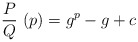
\begin{align*} \frac{P}{Q}\ (p) = g^p - g + c\end{align*}